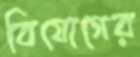
বিযোগের